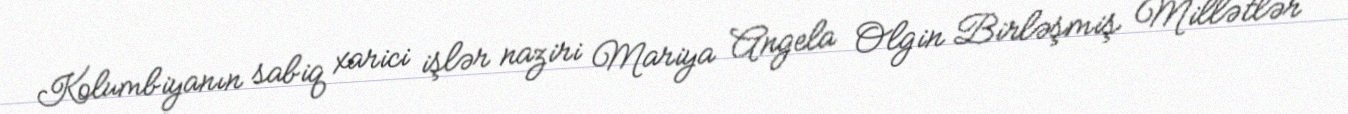
Kolumbiyanın sabiq xarici işlər naziri Mariya Angela Olgin Birləşmiş Millətlər